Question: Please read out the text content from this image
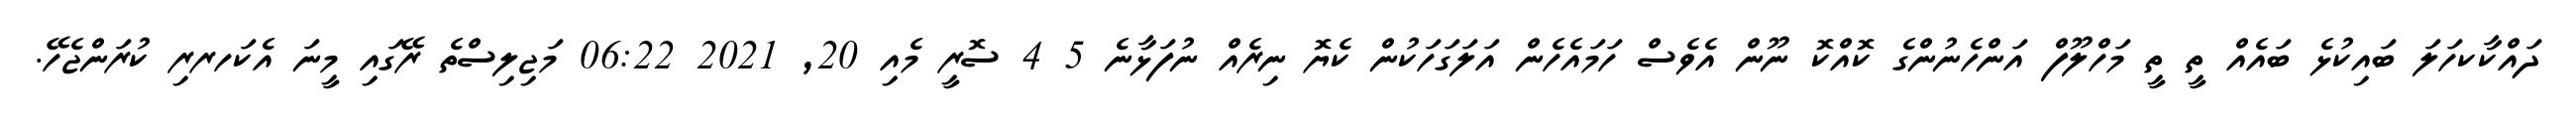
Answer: ދައްކާކހަލަ ބައިކުޅެ ބައެއް ތީ ތީ މަހްލޫފް އަންހެނުންގެ ކޮއްކޮ ނޫން އެވެސް ހަމައެހެން އަލަގަހަކުން ކެޔޮ ނިރެއް ނުފަޅާނެ 5 4 ސޮރީ މެއި 20, 2021 06:22 މަޖިލިސްތެ ރޭގައި މީނަ އެކަހރރި ކުރަންޖެހޭ.